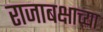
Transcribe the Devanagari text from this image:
राजाबक्षाच्या